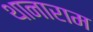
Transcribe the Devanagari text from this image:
थानाराम